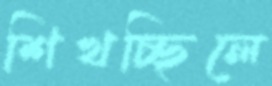
শিখচ্ছিলে